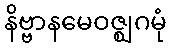
နိဗ္ဗာနမေဝဇ္ဈဂမုံ